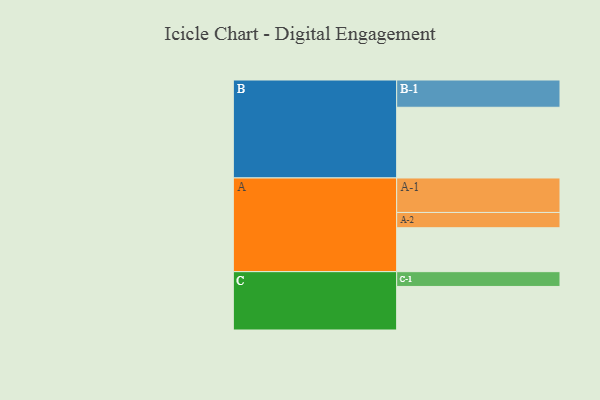
{"axis": {"x": "Segment", "y": "Value"}, "legend": ["", "A", "B", "C"], "data": [{"x": "A", "y": 359, "type": ""}, {"x": "B", "y": 578, "type": ""}, {"x": "C", "y": 356, "type": ""}, {"x": "A-1", "y": 282, "type": "A"}, {"x": "A-2", "y": 125, "type": "A"}, {"x": "B-1", "y": 223, "type": "B"}, {"x": "C-1", "y": 121, "type": "C"}]}